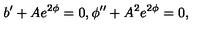
b ^ { \prime } + A e ^ { 2 \phi } = 0 , \phi ^ { \prime \prime } + A ^ { 2 } e ^ { 2 \phi } = 0 , \,